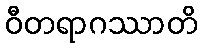
ဝီတရာဂဿာတိ